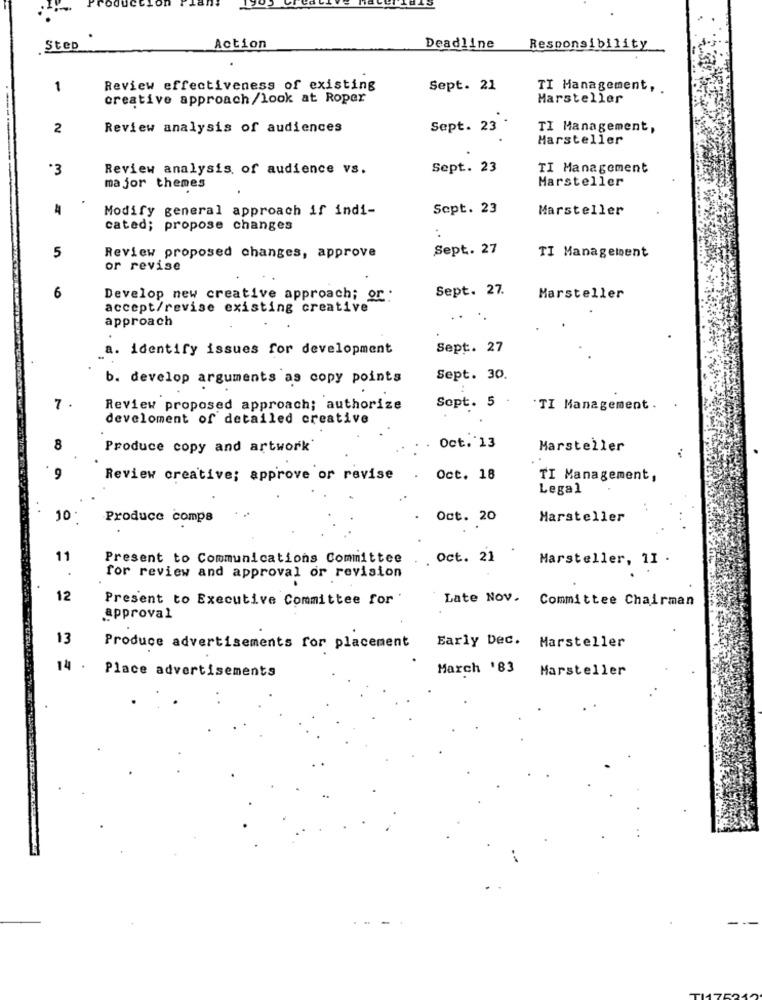
Step
Action
Deadline
Responsibility
1
Review effectiveness of existing
Sept. 21
TI Management, .
creative approach/look at Roper
Marsteller
2
Review analysis of audiences
Sept. 23
TI Management,
Marsteller
*3
Review analysis of audience vs.
Sept. 23
TI Management
Marsteller
major themes
Modify general approach if indi-
Sept. 23
Marsteller
cated; propose changes
5
Sept. 27
Review proposed changes, approve
TI Management
or revise
Sept. 27.
6
Develop new creative approach; or.
Marsteller
accept/revise existing creative
approach
*.
a. identify issues for development
Sept. 27
b. develop arguments as copy points
Sept. 30.
7
Review proposed approach; authorize
Sept. 5 :
`TI Management. .
develoment of detailed creative
Produce copy and artwork
Oct. 13
Marsteller
Review creative; approve or revise
Oct. 18
TI Management,
Legal
10
Produce compa
Oct. 20
Marsteller
11
Present to Communications Committee
Oct. 21
Marsteller, 1I .
for review and approval or revision
12
Present to Executive Committee for
Late Nov. Committee Chairman
approval
13
Produce advertisements for placement
Early Dec. Marsteller
14 .
Place advertisements
March '83
Marsteller
--